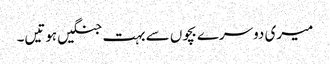
میری دوسرے بچوں سے بہت جنگیں ہوتیں۔